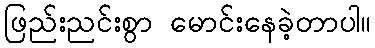
ဖြည်းညင်းစွာ မောင်းနေခဲ့တာပါ။